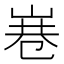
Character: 㟟